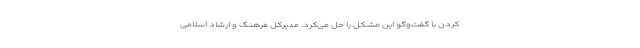
کردن با گفت‌و‌گو این مشکل را حل می‌کرد. مدیرکل فرهنگ و ارشاد اسلامی